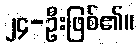
၂၄-ဦးဖြစ်၏။